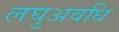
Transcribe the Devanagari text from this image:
लघुअवधि